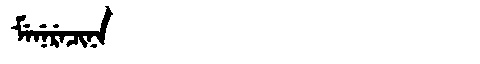
Manchu: ᠮᡝᠨᡝᡵᡝᠴᡳᠨᠠ
Romanization: MENERECINA